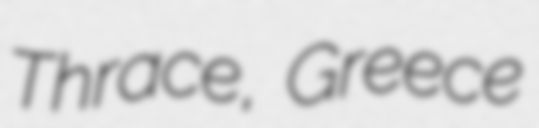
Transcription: Thrace, Greece